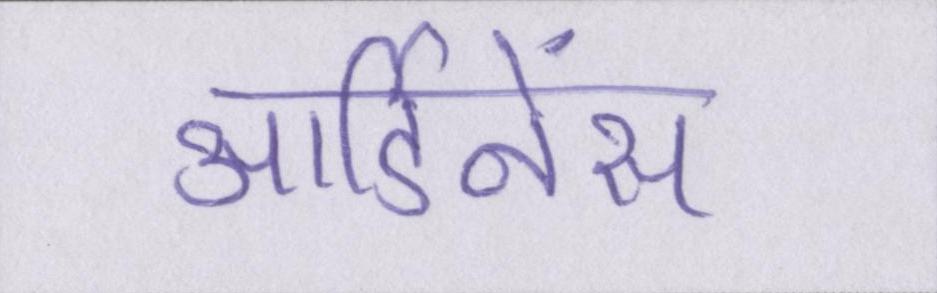
आर्डिनेंस